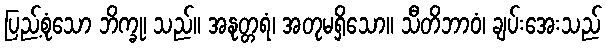
ပြည့်စုံသော ဘိက္ခု၊ သည်။ အနုတ္တရံ၊ အတုမရှိသော။ သီတိဘာဝံ၊ ချပ်းအေးသည်